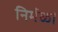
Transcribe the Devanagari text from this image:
निर्मळ।